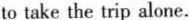
to take the trip alone.